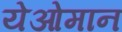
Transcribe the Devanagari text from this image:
येओमान